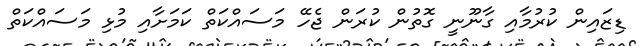
ޑިޒައިން ކުރުމާއި ގާނޫނީ ގޮތުން ކުރަން ޖެހޭ މަސައްކަތް ކަމަށާއި މުޅި މަސައްކަތް